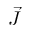
\vec { J }